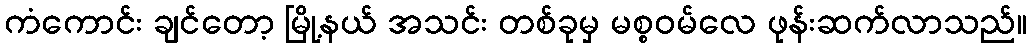
ကံကောင်း ချင်တော့ မြို့နယ် အသင်း တစ်ခုမှ မစ္စဝမ်လေ ဖုန်းဆက်လာသည်။